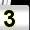
Digit: 3